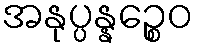
အနုပ္ပန္နဉ္စေဝ